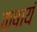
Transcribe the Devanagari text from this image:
कषायं